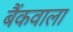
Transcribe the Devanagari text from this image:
बैंकवाला